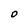
Character: O